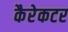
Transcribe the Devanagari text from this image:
कैरेकटर